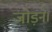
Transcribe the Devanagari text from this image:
जोड़ने।